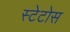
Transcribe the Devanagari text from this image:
स्टेटोस